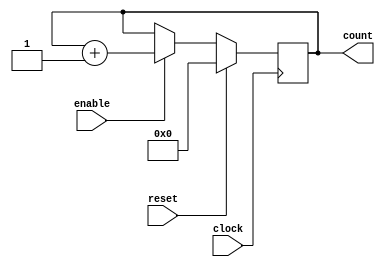
module counter_10 ( clock, enable,count, reset);
	parameter BIT_SZ = 10;
	input clock;
	input enable;
	input reset;
	output [BIT_SZ-1:0] count;
	
	reg [BIT_SZ-1:0] count;
	
	initial count = 0;
	
	always @ (posedge clock) begin
		if (enable == 1'b1)
			count <= count + 1'b1;
		if (reset == 1'b1)
			count <= 10'b0000000000;
	end
	
endmodule